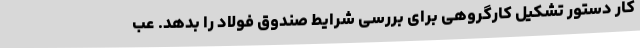
کار دستور تشکیل کارگروهی برای بررسی شرایط صندوق فولاد را بدهد. عب